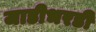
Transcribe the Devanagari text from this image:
जाडीभरडी